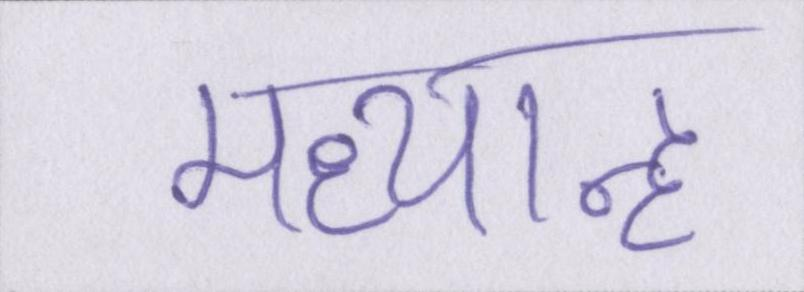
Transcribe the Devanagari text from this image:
मध्यान्ह